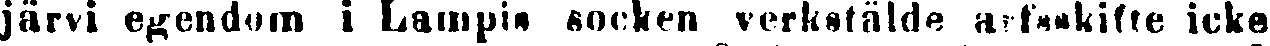
järvi egendom i Lampis socken verkstälde arfsskifte icke